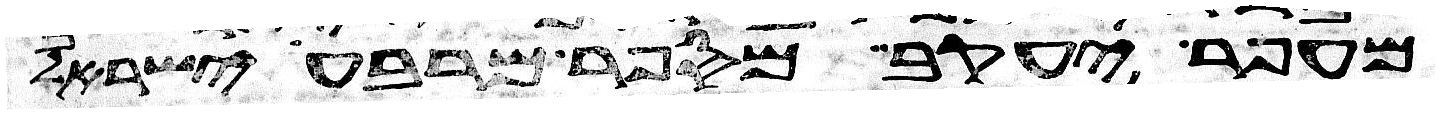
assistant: עפר יעקב ומי ספר מרבע ישראל